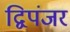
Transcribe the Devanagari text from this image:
द्विपंजर